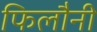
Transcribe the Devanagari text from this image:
फिलौनी